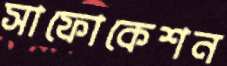
সাফোকেশন